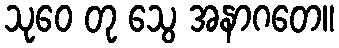
သုဝေ တု သွေ အနာဂတေ။